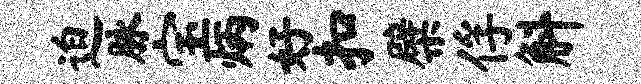
迫脉宝炳好扣檗俘斛